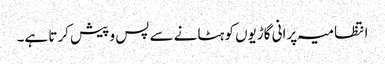
انتظامیہ پرانی گاڑیوں کو ہٹانے سے پس و پیش کرتا ہے۔